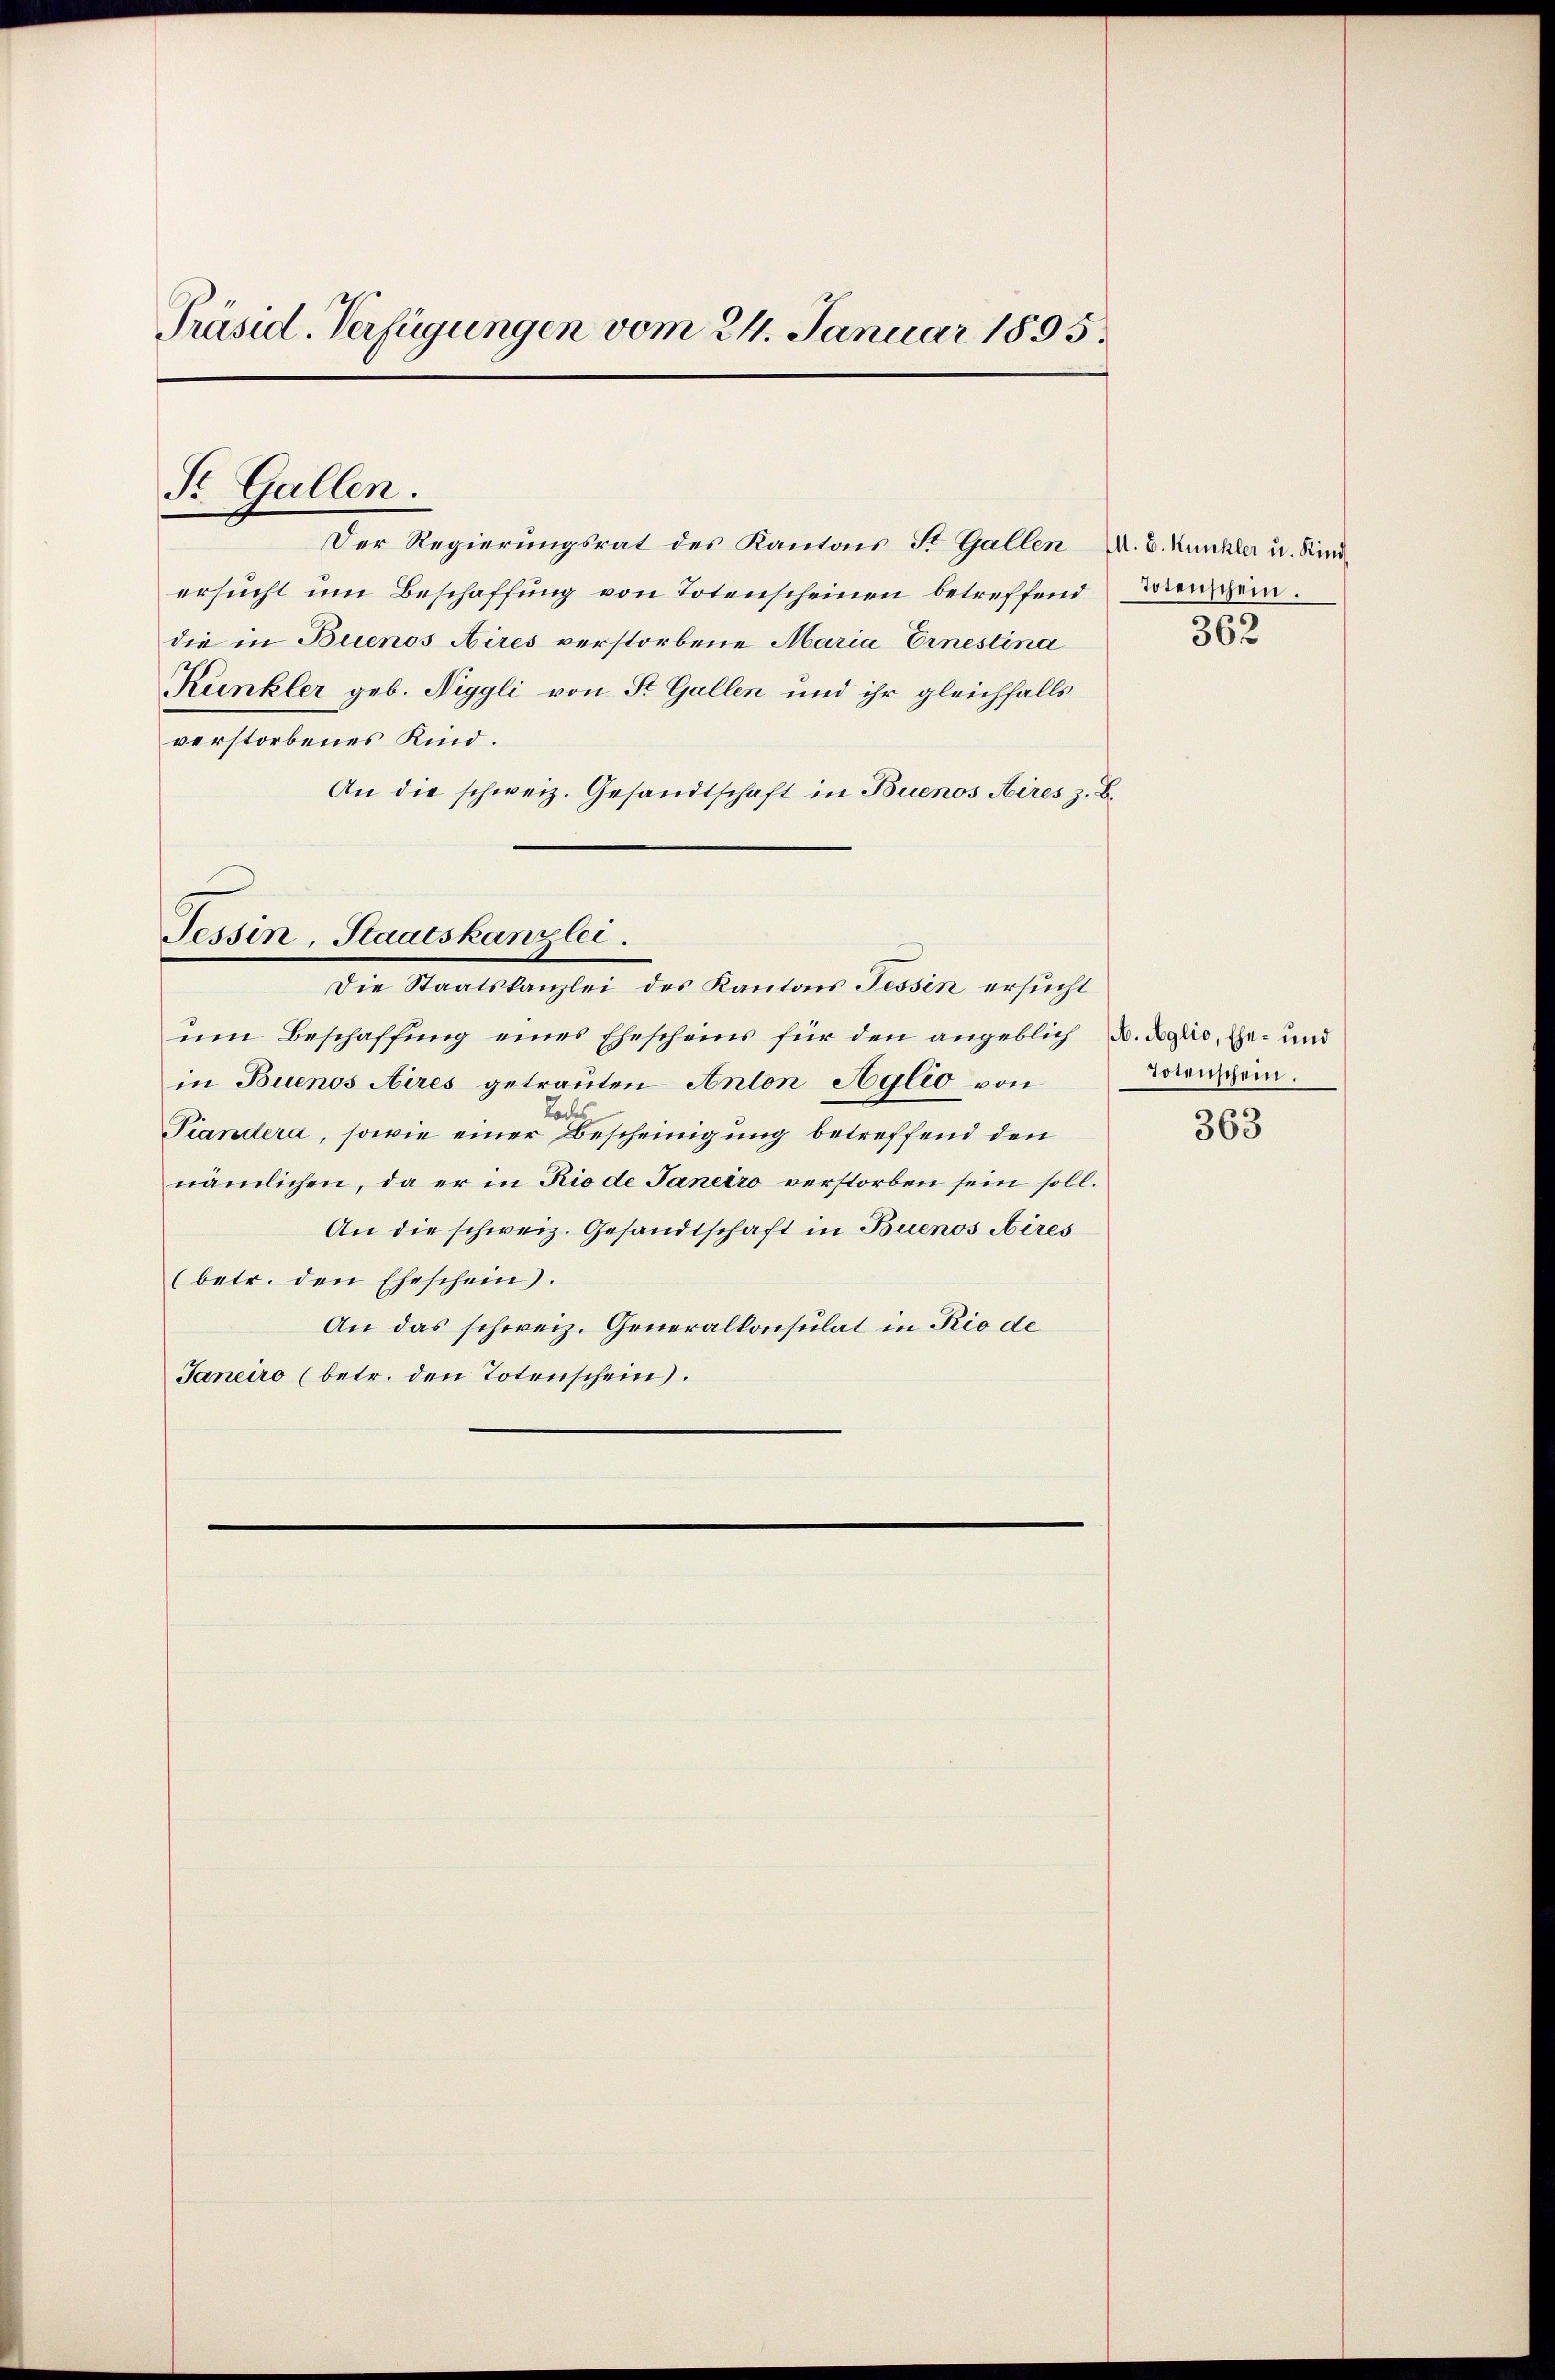
Präsid. Verfügungen vom 24. Januar 1895.

St. Gallen.

Der Regierungsrat des Kantons St. Gallen A. B. Kunkler u. Kind
ersucht um Beschaffung von Totenscheinen betreffend Verschein.
die in Buenos Aires verstorbene Maria Einestina
Kunkler geb. Neggli von St. Gallen und ihr gleichfalls
verstorbenes Kind.
An die schweiz. Gesandtschaft in Buenos Aires z. B.

Die Staatskanzlei des Kantons Tessin ersucht
um Beschaffung eines Ehescheins für den angeblich B. Rglio, Ehe- und
in Buenos Aires getrauten Anton Aglio von
Tiandera, sowie einer Bescheinigung betreffend den
nämlichen, da er in Rio de Janeiro verstorben sein soll.
An die schweiz. Gesandtschaft in Buenos Aires
(betr. den Eheschein.
An das schweiz. Generalkonsulat in Rio de
Janeiro (betr. den Totenschein.

Tessin, Staatskanzlei.

362

Totenschein.

363